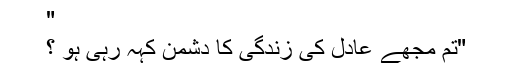
"
"تم مجھے عادل کی زندگی کا دُشمن کہہ رہی ہو ؟